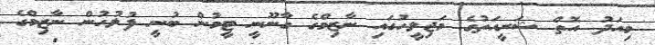
މިއަދު އޮތް ޝަރީއަތުގެ މަޖިލީހުގައި ނާޒިމްގެ ގާނޫނީ ޓީމުން ބުނީ ފުލުހުން ނާޒިމްގެ